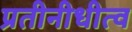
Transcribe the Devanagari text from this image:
प्रतीनीधीत्व